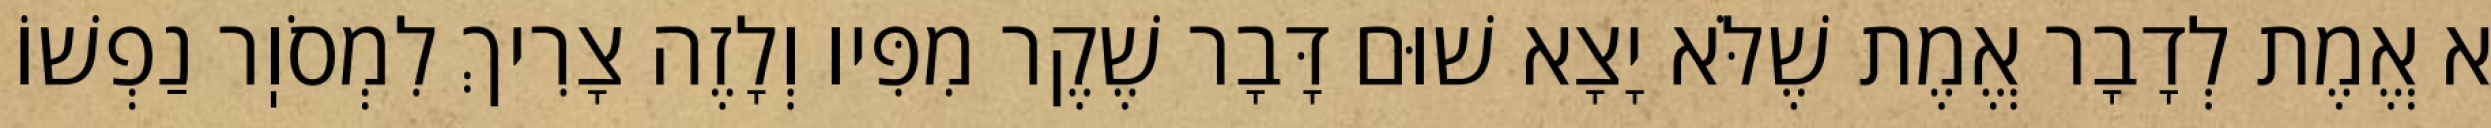
א אֱמֶת לְדָבָר אֱמֶת שֶׁלֹּא יָצָא שׁוּם דָּבָר שֶׁקֶר מִפִּיו וְלָזֶה צָרִיךְ לִמְסֹוֽר נַפְשׁוֹ